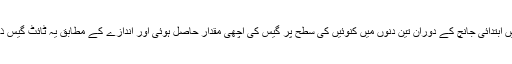
سمبر فارمیشن میں ابتدائی جانچ کے دوران تین دنوں میں کنوئیں کی سطح پر گیس کی اچھی مقدار حاصل ہوئی اور اندازے کے مطابق یہ ٹائٹ گیس ذخیرہ نظر آتا ہے۔